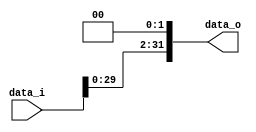
module Shift_Left_2
(
	data_i,
	data_o
);

input	[31:0]	data_i;
output	[31:0]	data_o;

assign data_o = data_i << 2 ;

endmodule